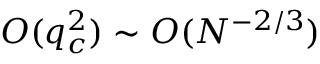
O ( q _ { c } ^ { 2 } ) \sim O ( N ^ { - 2 / 3 } )